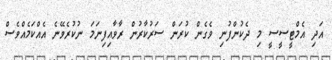
އަދި އެމްޓީސީސީ މި ދެކުންފުނި ވެގެން ކުރަން ސަރުކާރުން ރާވާއިފިނަމަ ނުކުރެވޭނެ އެއްކަމެއްވެސް